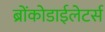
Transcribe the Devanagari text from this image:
ब्रोंकोडाईलेटर्स